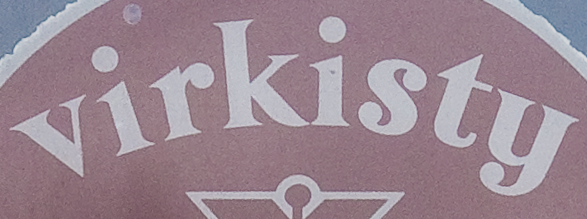
virkisty